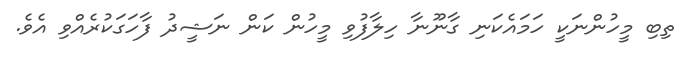
ތިބި މީހުންނަކީ ހަމައެކަނި ގާނޫނާ ހިލާފުވި މީހުން ކަން ނަޝީދު ފާހަގަކުރެއްވި އެވެ.